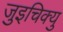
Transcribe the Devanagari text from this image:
जुइचिक्यु